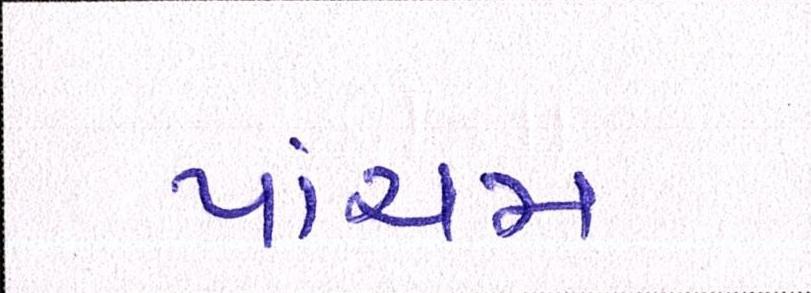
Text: પાંચમ